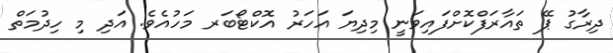
ދިރާގު ޕޭ ތައާރަފްކޮށްފައިވަނީ މިދިޔަ އަހަރު އޮކްޓޯބަރ މަހުއެވެ. އަދި މި ހިދުމަތް